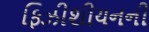
ફિઝીશીયનની